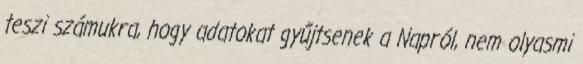
teszi számukra, hogy adatokat gyűjtsenek a Napról, nem olyasmi